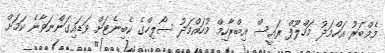
މެމްބަރު އަހްމަދު މަހްލޫފް ރައީސް އިބްރާހިމް މުހައްމަދު ސޯލިހްގެ ކެބިނެޓަށް ވަޑައިގަންނަވާނެ ކަމަށް